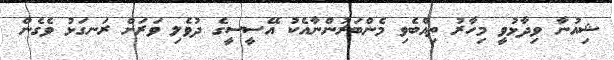
ޝިއުނާ ވިދާޅުވީ މިހާރު ތިއްބެވި މެންބަރުންނާއެކު އޭސީސީގެ ދުވެލި ވަރަށް ރަނގަޅު ވެގެން